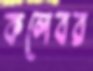
কলেবর